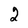
Character: 2